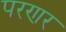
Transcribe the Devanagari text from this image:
परणर